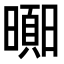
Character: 𣋗